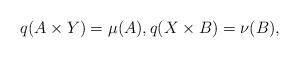
LaTeX: \begin{align*} q(A\times Y)=\mu(A), q(X\times B)=\nu(B),\end{align*}